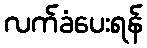
လက်ခံပေးရန်